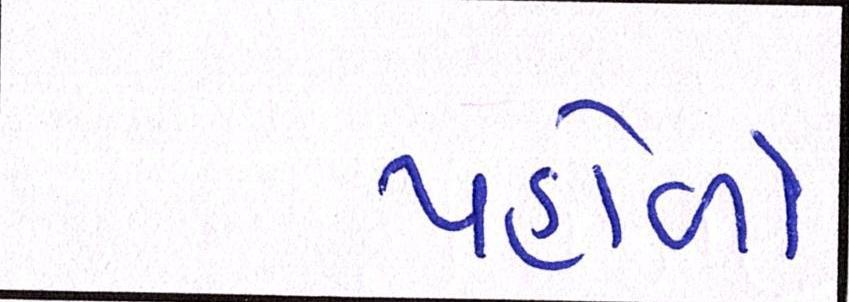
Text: પહોળો